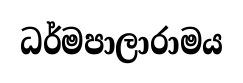
ධර්මපාලාරාමය